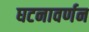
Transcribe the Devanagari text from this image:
घटनावर्णन